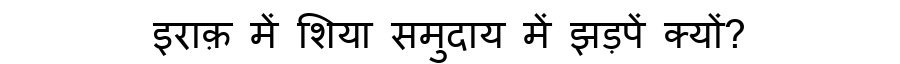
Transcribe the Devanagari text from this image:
इराक़ में शिया समुदाय में झड़पें क्यों?